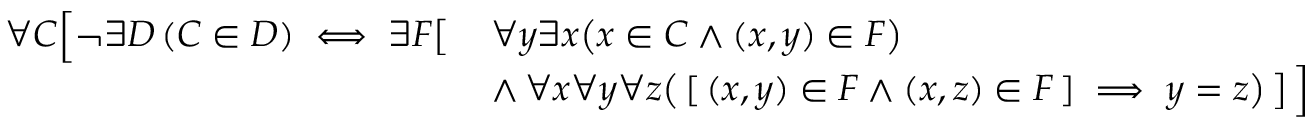
{ \begin{array} { r l } { \forall C { \Bigl [ } \lnot \exists D \left( C \in D \right) \iff \exists F { \bigl [ } } & { \, \forall y \exists x { \bigl ( } x \in C \land ( x , y ) \in F { \bigr ) } } \\ & { \, \land \, \forall x \forall y \forall z { \bigl ( } \, [ \, ( x , y ) \in F \land ( x , z ) \in F \, ] \implies y = z { \bigr ) } \, { \bigr ] } \, { \Bigr ] } } \end{array} }